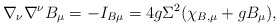
\begin{align*}\nabla_\nu \nabla ^\nu B_\mu =-I_{B\mu }=4g\Sigma ^2 (\chi_{B,\mu} + g B_\mu),\end{align*}